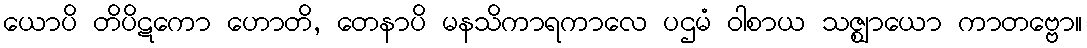
ယောပိ တိပိဋကော ဟောတိ, တေနာပိ မနသိကာရကာလေ ပဌမံ ဝါစာယ သဇ္ဈာယော ကာတဗ္ဗော။